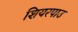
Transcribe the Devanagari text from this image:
शियरपाउ